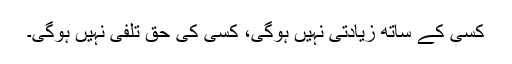
کسی کے ساتھ زیادتی نہیں ہوگی، کسی کی حق تلفی نہیں ہوگی۔